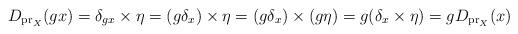
LaTeX: \begin{align*}D_{\mathrm{pr}_{X}}(gx) = \delta_{gx} \times \eta = (g\delta_{x}) \times \eta = (g\delta_{x}) \times (g\eta) = g(\delta_{x} \times \eta) = g D_{\mathrm{pr}_{X}}(x)\end{align*}